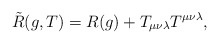
\begin{align*}\tilde{R}(g,T) = R(g) + T_{\mu \nu \lambda} T^{\mu \nu \lambda},\end{align*}